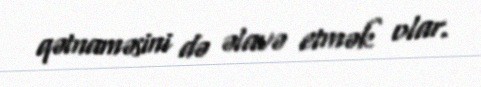
qətnaməsini də əlavə etmək olar.